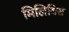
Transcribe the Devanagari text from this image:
मिलिबिस